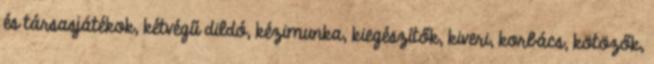
és társasjátékok, kétvégű dildó, kézimunka, kiegészítők, kiveri, korbács, kötözők,